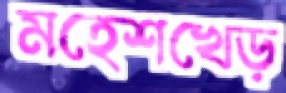
মহেশখেড়